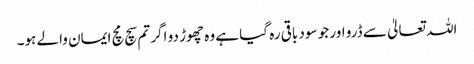
اللہ تعالیٰ سے ڈرو اور جو سود باقی رہ گیا ہے وہ چھوڑ دو اگر تم سچ مچ ایمان والے ہو۔